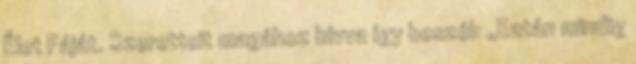
Élet Fáját. Szeretteit magához hívva így beszél: „Eztán mindig